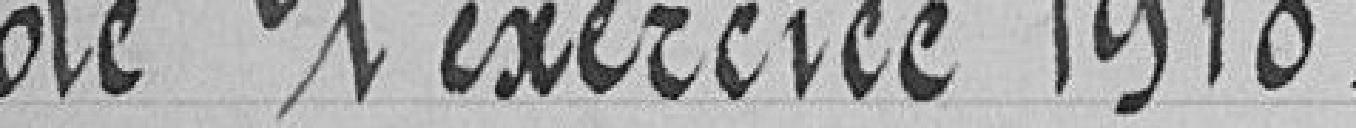
de l'exercice 1910.